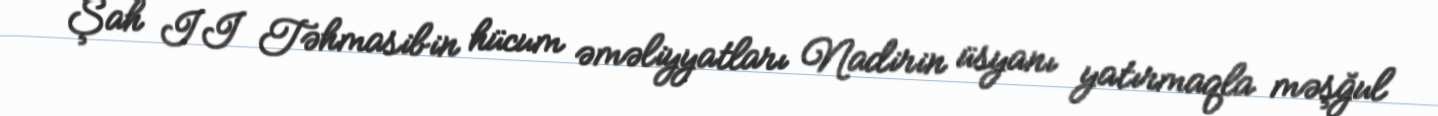
Şah II Təhmasibin hücum əməliyyatları Nadirin üsyanı yatırmaqla məşğul